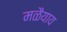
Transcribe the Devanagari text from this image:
मळैयाय